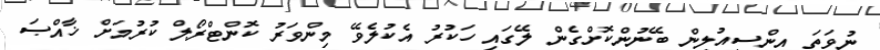
ނުވަތަ އިންސިއުލިން ބޭނުންކޮށްގެން ލޭގައި ހަކުރު އެކުލެވޭ މިންވަރު ކޮންޓްރޯލް ކުރުމަށް ޚާއްޞަ